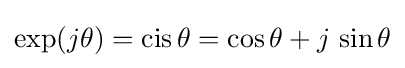
\exp(j\theta )={\text{cis}}\,\theta =\cos \theta +j\,\sin \theta